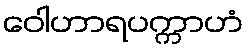
ဝေါဟာရပက္ကာဟံ